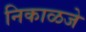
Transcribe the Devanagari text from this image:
निकाळजे